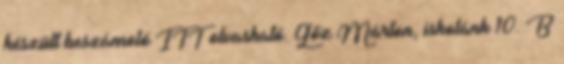
készült beszámoló ITT olvasható. Gőz Márton, iskolánk 10. B